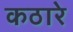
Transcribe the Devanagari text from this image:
कठारे